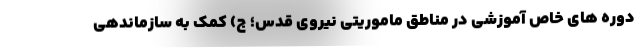
دوره های خاص آموزشی در مناطق ماموریتی نیروی قدس؛ ج) کمک به سازماندهی